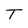
Character: T